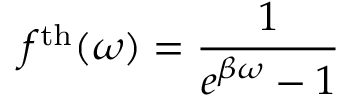
f ^ { \mathrm { t h } } ( \omega ) = \frac { 1 } { e ^ { \beta \omega } - 1 }